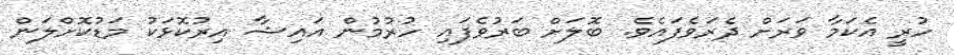
ހުރީ އެކަމާ ވަރަށް ދެރަވެފައެވެ. ބޮލަށް ބަރުވެފައި ހުރުމުން އައިޝާ އިރުކޮޅަކު މަޑުކޮށްލަން